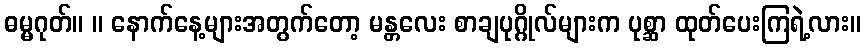
ဓမ္မဂုတ်။ ။ နောက်နေ့များအတွက်တော့ မန္တလေး စာချပုဂ္ဂိုလ်များက ပုစ္ဆာ ထုတ်ပေးကြရဲ့လား။